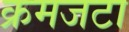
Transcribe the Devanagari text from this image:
क्रमजटा